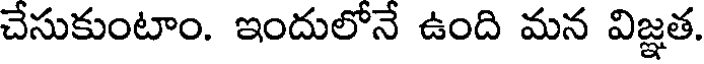
చేసుకుంటాం. ఇందులోనే ఉంది మన విజ్ఞత.